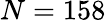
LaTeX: N=158